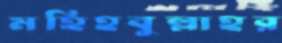
মহিহবুল্লাহর